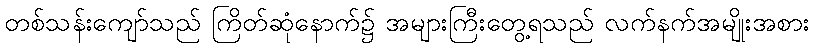
တစ်သန်းကျော်သည် ကြိတ်ဆုံနောက်၌ အများကြီးတွေ့ရသည် လက်နက်အမျိုးအစား